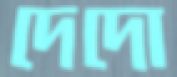
দেদো